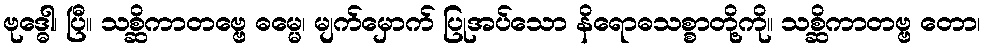
ဗုဒ္ဓေါ၊ ပြီ။ သစ္ဆိကာတဗ္ဗေ ဓမ္မေ၊ မျက်မှောက် ပြုအပ်သော နိရောဓသစ္စာတို့ကို။ သစ္ဆိကာတဗ္ဗ တော၊